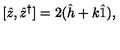
[ \hat { z } , \hat { z } ^ { \dag } ] = 2 ( \hat { h } + k \hat { 1 } ) ,